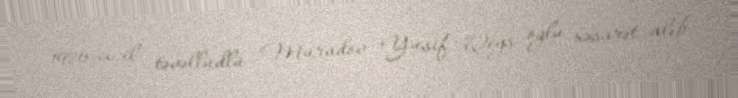
1976-cı il təvəllüdlü Muradov Yusif Qeys oğlu xəsarət alıb.